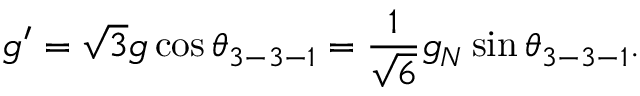
g ^ { \prime } = \sqrt { 3 } g \cos \theta _ { 3 - 3 - 1 } = \frac { 1 } { \sqrt { 6 } } g _ { N } \sin \theta _ { 3 - 3 - 1 } .